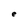
Character: e